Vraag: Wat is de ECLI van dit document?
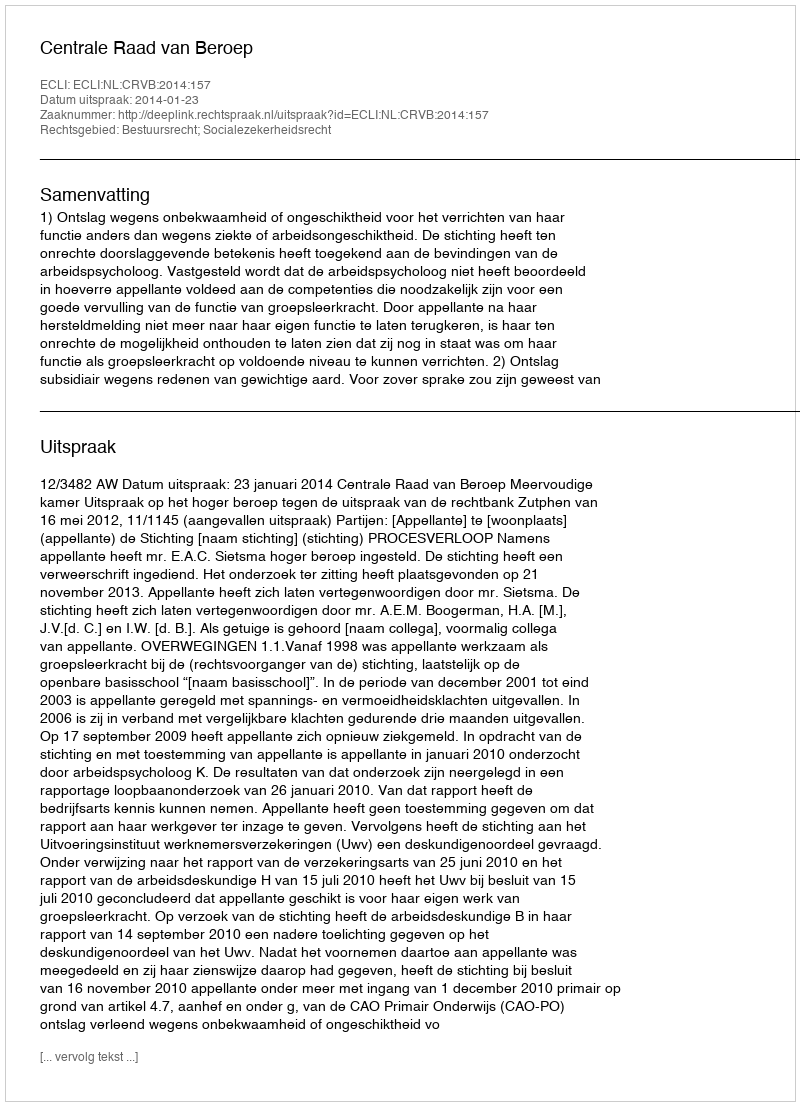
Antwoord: ECLI:NL:CRVB:2014:157